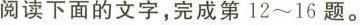
阅读下面的文字，完成第12~16题。